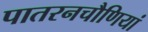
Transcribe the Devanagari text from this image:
पातरनचौणियां